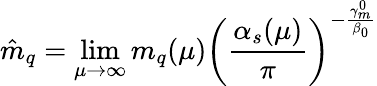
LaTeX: \hat{m}_{q}=\operatorname*{lim}_{\mu\to\infty}m_{q}(\mu)\left(\frac{\alpha_{s}(\mu)}{\pi}\right)^{-\frac{\gamma_{m}^{0}}{\beta_{0}}}{}